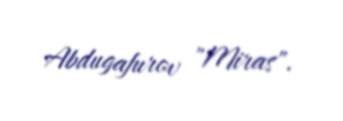
Abdugafurov "Miras".